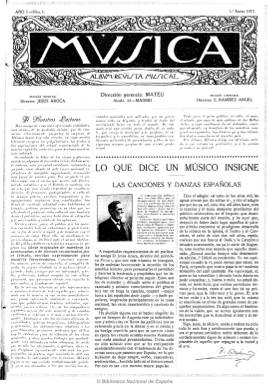
Título: Música (Madrid)
Otros títulos: Mvsica || Mvsica
Colección: Música
Ámbito geográfico: Madrid
Lugar de publicación: Madrid
Fechas: 01/01/1917-15/12/1917

Revista ilustrada quincenal dirigida a profesionales y aficionados, que contiene partituras originales de maestros y noveles (canciones, danzas, piezas de concierto, etc.), así como artículos de crítica, noticias biográficas con fotografías (cantantes, solistas, bailarines célebres, etc.) y bibliográficas y de la industria musical, crónicas y noticias sobre música. De cuatro a ocho páginas son de textos y 16 de partituras.

La dirección de la sección musical es de Jesús Aroca y Ortega (1877-1935), y la literaria de Emiliano Ramírez Ángel (1883-1928). Fue impresa en Artes Gráficas Mateo, siendo este su director-gerente.

Contiene partituras de Tomás Bretón (1850-1923), Manuel de Falla (1876-1946), Joaquín Turina (1882-1949), Bartolomé Pérez Casas (1873-1956), Rogelio del Villar (1875-1937), Bernardo V. Moreira de Sá (1853-1924), Amadeo Vives (1871-1932), Ricardo Villa (1873-1935), Teodoro Valdovinos (1882-), Francisco Sanna, Antonio Sardá, P. Badía y M. Ribas, entre otros.